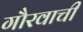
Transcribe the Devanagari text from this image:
गौरवाची